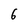
Character: 6